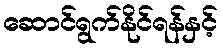
ဆောင်ရွက်နိုင်ရန်နှင့်